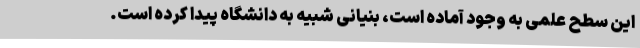
این سطح علمی به وجود آماده است، بنیانی شبیه به دانشگاه پیدا کرده است.